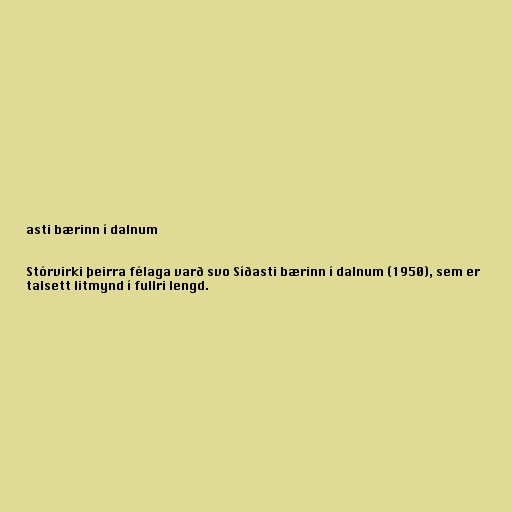
asti bærinn í dalnum

Stórvirki þeirra félaga varð svo Síðasti bærinn í dalnum (1950), sem er
talsett litmynd í fullri lengd.